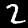
Label: 2